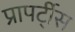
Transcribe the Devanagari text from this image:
प्रापर्टी्स